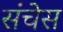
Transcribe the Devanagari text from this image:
संचेस